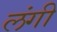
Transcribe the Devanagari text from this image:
लंगी